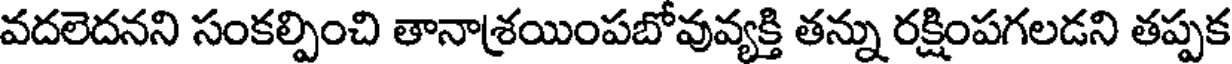
వదలెదనని సంకల్పించి తానాశ్రయింపబోవువ్యక్తి తన్ను రక్షింపగలడని తప్పక